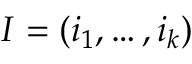
I = ( i _ { 1 } , \ldots , i _ { k } )